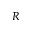
R